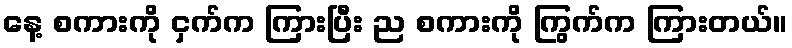
နေ့ စကားကို ငှက်က ကြားပြီး ည စကားကို ကြွက်က ကြားတယ်။